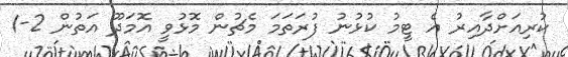
ކުރިއަށްދާއިރު އެ ޓީމު ކުޅުނު ފުރަތަމަ މެޗުން މޮޅުވީ އޮމަދޫ އަތުން 2-1